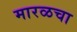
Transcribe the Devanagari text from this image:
मारळचा